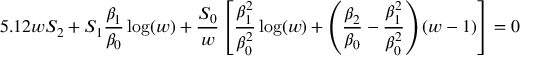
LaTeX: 5 . 1 2 w S _ { 2 } + S _ { 1 } \frac { \beta _ { 1 } } { \beta _ { 0 } } \log ( w ) + \frac { S _ { 0 } } { w } \left[ \frac { \beta _ { 1 } ^ { 2 } } { \beta _ { 0 } ^ { 2 } } \log ( w ) + \left( \frac { \beta _ { 2 } } { \beta _ { 0 } } - \frac { \beta _ { 1 } ^ { 2 } } { \beta _ { 0 } ^ { 2 } } \right) ( w - 1 ) \right] = 0